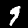
Label: 9